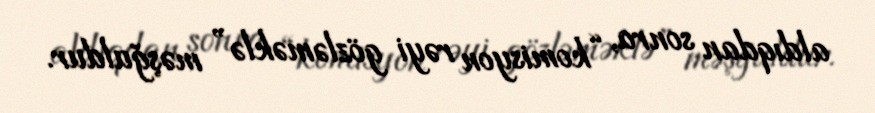
aldıqdan sonra, “komisyon rəyi gözləməklə” məşğuldur.